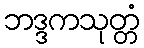
ဘဒ္ဒကသုတ္တံ